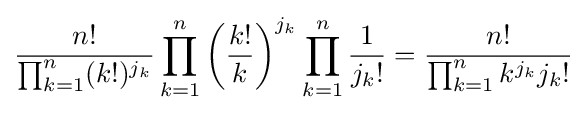
{\frac {n!}{\prod _{k=1}^{n}(k!)^{j_{k}}}}\prod _{k=1}^{n}\left({\frac {k!}{k}}\right)^{j_{k}}\prod _{k=1}^{n}{\frac {1}{j_{k}!}}={\frac {n!}{\prod _{k=1}^{n}k^{j_{k}}j_{k}!}}